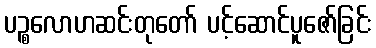
ပဉ္စလောဟဆင်းတုတော် ပင့်ဆောင်ပူဇော်ခြင်း